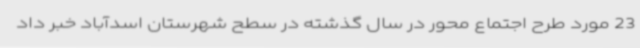
23 مورد طرح اجتماع محور در سال گذشته در سطح شهرستان اسدآباد خبر داد